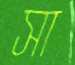
সা